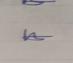
Signature authenticity: genuine